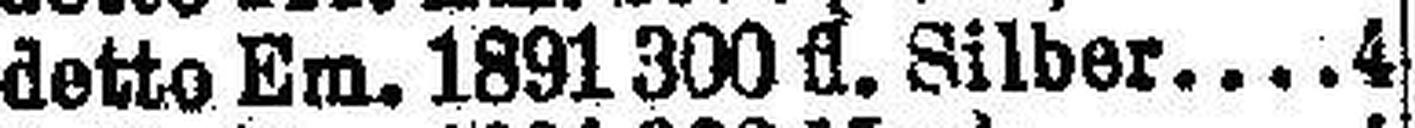
detto Em. 1891 300 fl. Silber 4